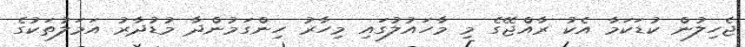
ޖެހިލުން ކުޑަކަމާ އެކު ރާއްޖޭގެ މި މާހައުލުގައި މިހާރު ހިންގަމުންދާ މުޑުދާރު އަމަލުތަކުގެ